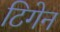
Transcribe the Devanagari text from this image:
टिगेन